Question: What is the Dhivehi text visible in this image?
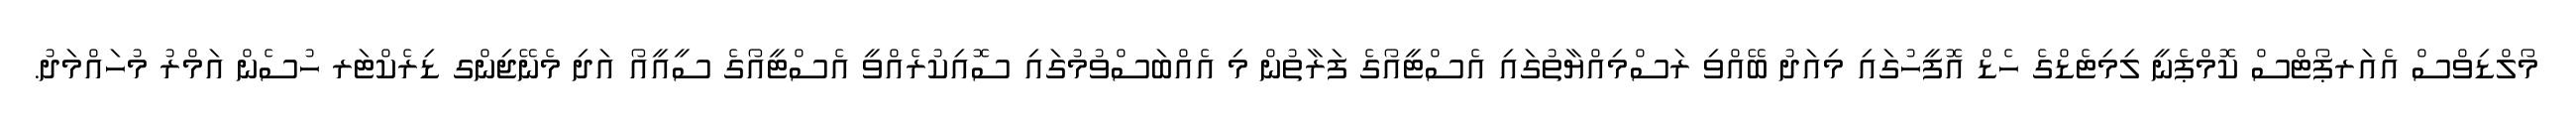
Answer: މޯލްޑިވްސް އެއަރޕޯޓްސް ކޮމްޕެނީ ލިމިޓެޑްގެ ހެޑް އޮފީހުގައި މިއަދު ބޭއްވި ރަސްމިއްޔާތުގައި އެސްޓީއޯގެ ފަރާތުން މި އެއްބަސްވުމުގައި ސޮއިކުރެއްވީ އެސްޓީއޯގެ ސީއީއޯ އަދި މެނޭޖިންގ ޑިރެކްޓަރ ހުސެން އަމްރު މުހައްމަދު.